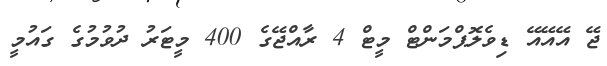
ޖޭ އޭއޭއޭ ޑިވެލޮޕްމަންޓް މީޓް 4 ރާއްޖޭގެ 400 މީޓަރު ދުވުމުގެ ގައުމީ